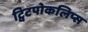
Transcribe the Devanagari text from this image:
ट्विटपोकलिप्स